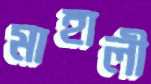
মাহালী